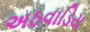
અઠવાડિય